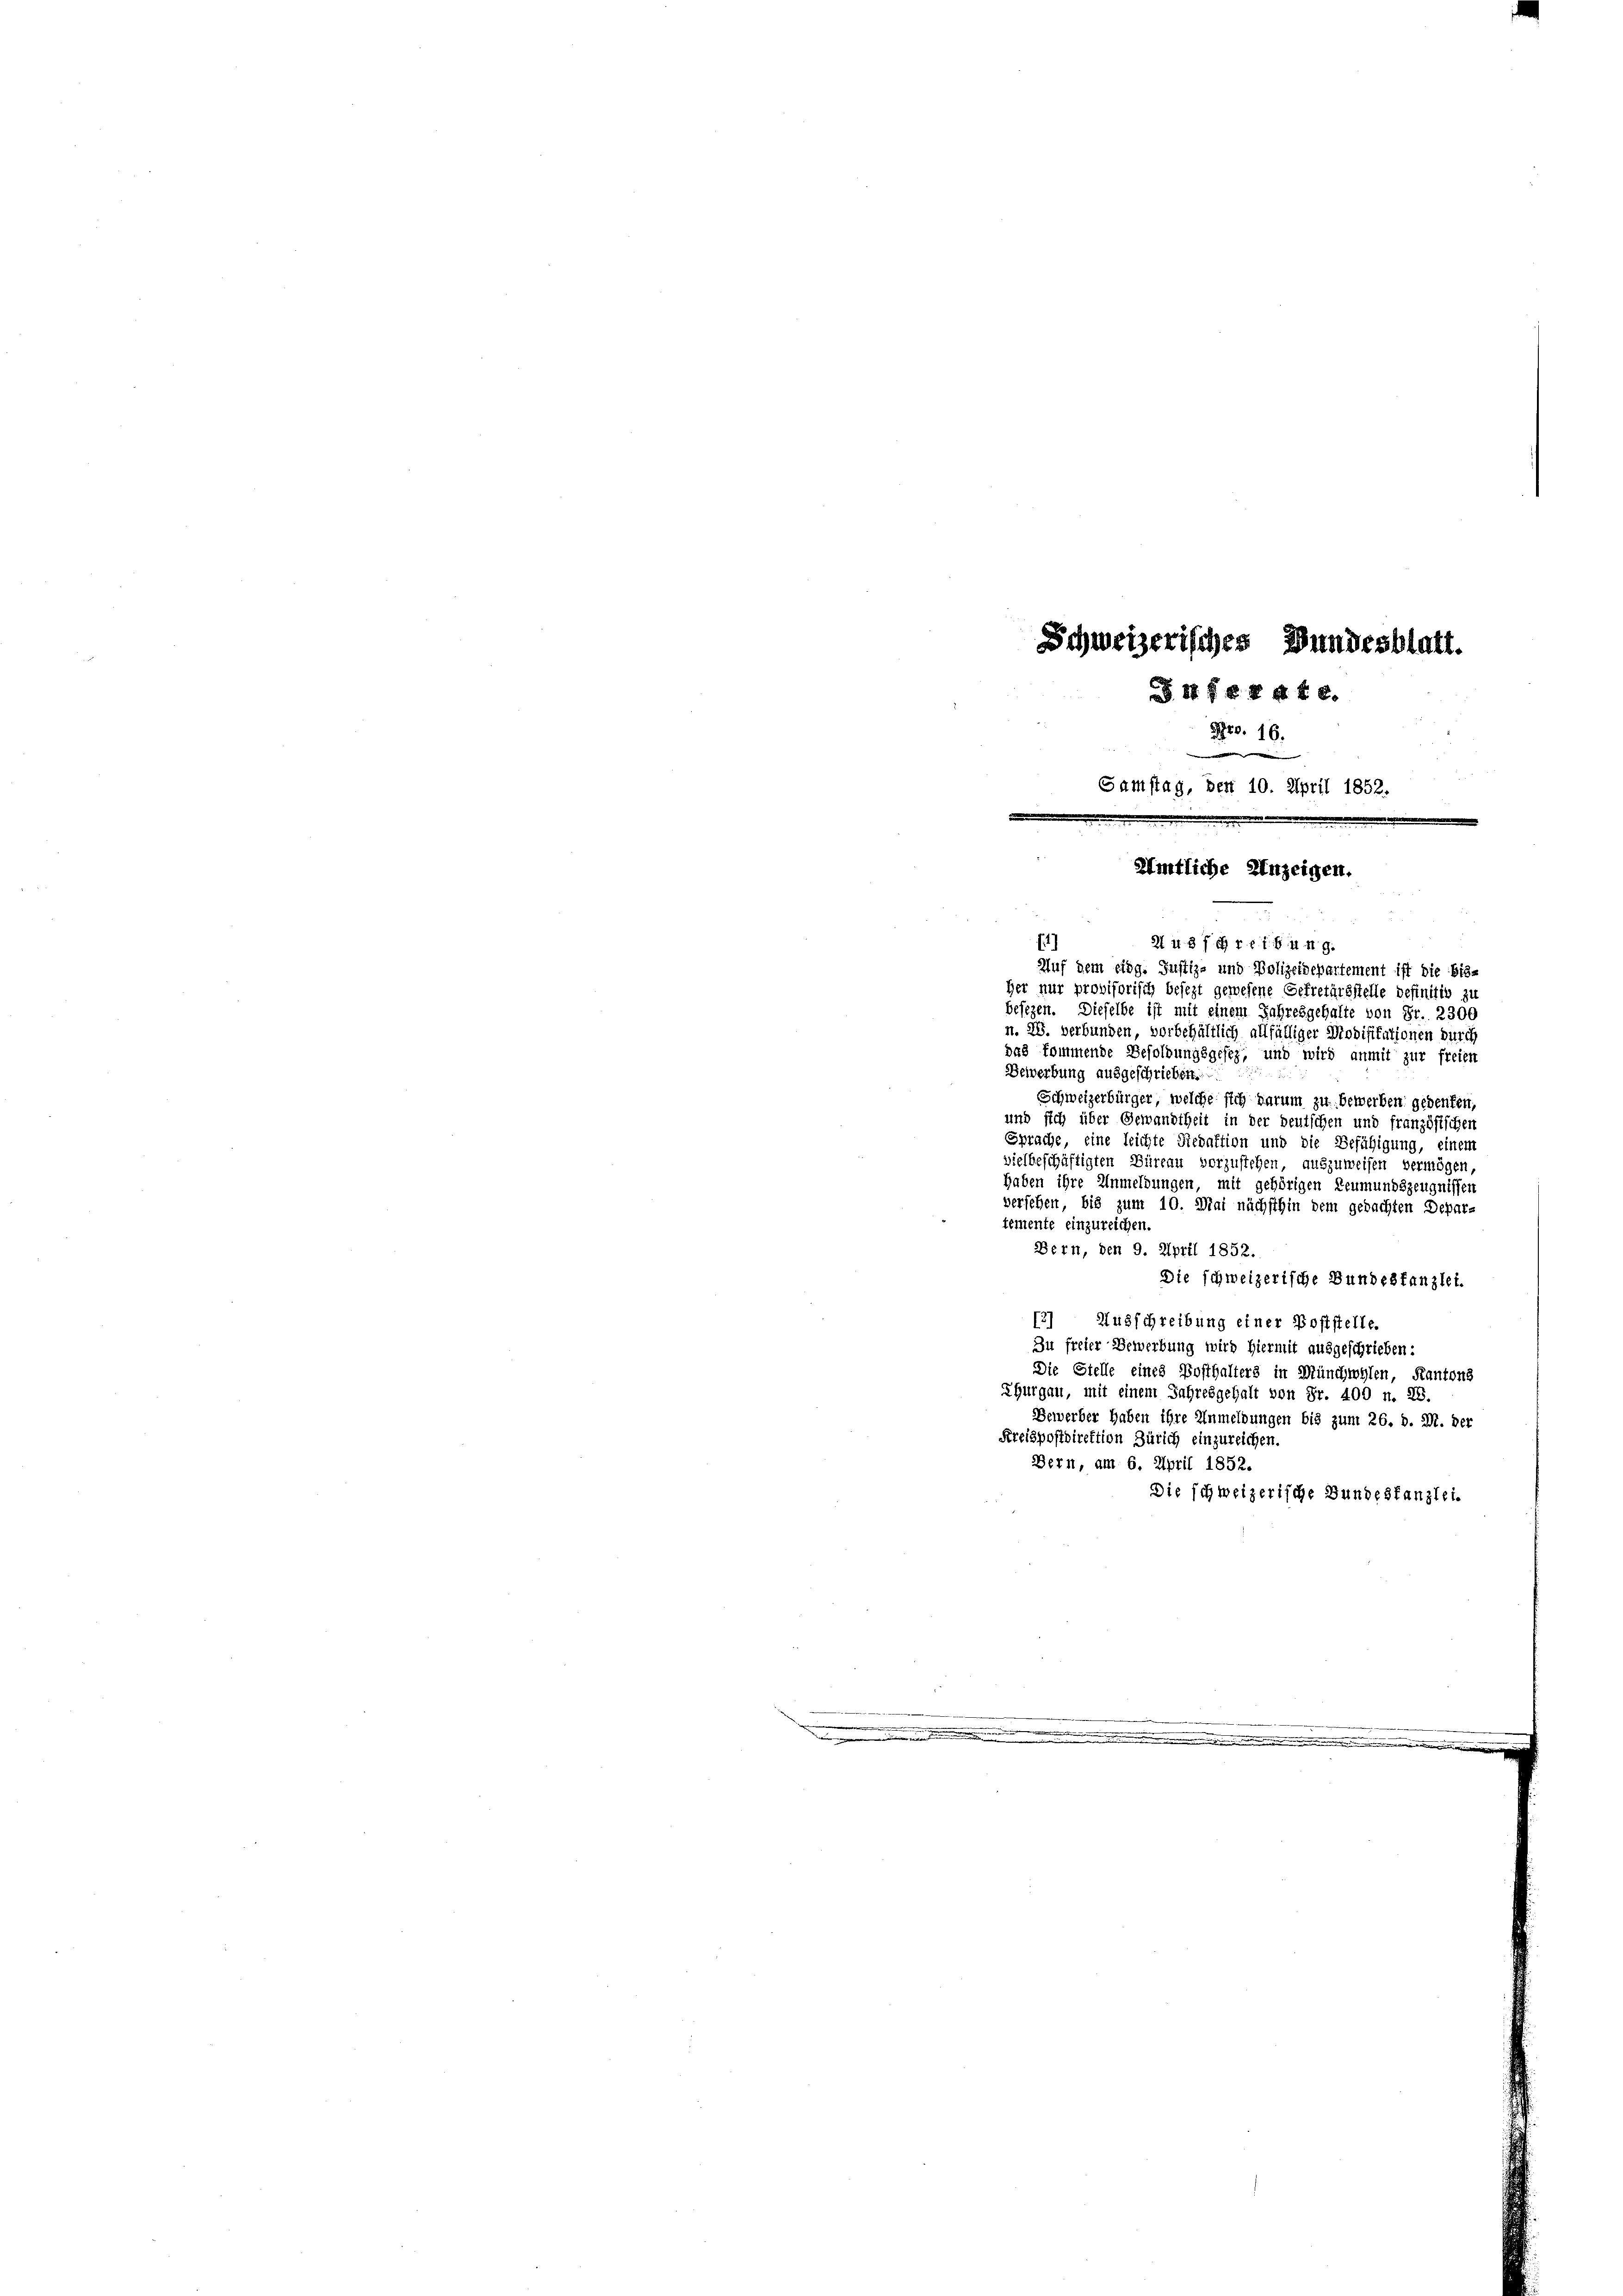
Schweizerisches Bundesblatt.
§ 18 f 8 45 x
Pro. 16.
i
Samstag, den 10. April 1852.
ämtliche Anzeigen.

u
21 n 37. Tribung.
Auf dem eidg. Justiz- und Polizeidepartement ist die bis-
Her nur provisorisch besezt gewesene Gefretärsstelle definitiv zu
besezen. Dieselbe ist mit einem Jahresgehalte von Fr. 2300
n. 26. verbunden, vorbehältlich allfälliger Modifikationen durch
das kommende Besoldungsgesez, und wird anmit zur freien
Bewerbung ausgeschrieben.
Schweizerbürger, welche sich darum zu bewerben gedenken,
und sich über Gewandtheit in der deutschen und französischen
Sprache, eine leichte Redaktion und die Befähigung, einem
vielbeschäftigten Büreau vorzustehen, auszuweisen vermögen,
haben ihre Unmeldungen, mit gehörigen Leumundszeugnissen
versehen, bis zum 10. Mai nächsthin dem gebachten Depar-
temente einzureichen.
Bern, den 9. April 1852.
Die schweizerische Bundeskanzlei.
13) Ausschreibung einer Poststelle.
Zu freier Bewerbung wird hiermit ausgeschrieben:
Die Stelle eines Posthalters in Münchwylen, Kantons
Ehurgau, mit einem Jahresgehalt von Fr. 400 n. 28.
Bewerber haben ihre Unmeldungen bis zum 26. d. M. der
Preispostdirektion Zürich einzureichen.
Bern, am 6. April 1852.
Die schweizerische Bundestanzlei.

.
.